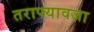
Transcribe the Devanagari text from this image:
तराफ्यावजा